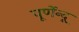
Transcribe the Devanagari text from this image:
पूर्णेन्दू